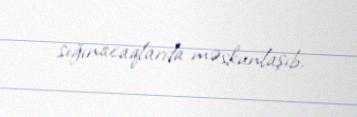
sığınacaqlarda məskunlaşıb.